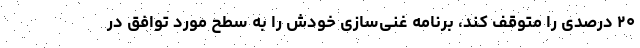
۲۰ درصدی را متوقف کند، برنامه غنی‌سازی خودش را به سطح مورد توافق در